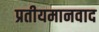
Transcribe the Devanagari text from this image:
प्रतीयमानवाद